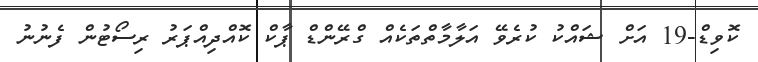
ކޮވިޑް-19 އަށް ޝައްކު ކުރެވޭ އަލާމާތްތަކެއް ގްރޭންޑް ޕާކް ކޮއްދިއްޕަރު ރިސޯޓުން ފެނުނު